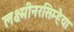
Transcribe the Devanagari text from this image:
लक्ष्मीनरसिम्हैया